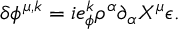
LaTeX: \delta \phi ^ { \mu , k } = i e _ { \phi } ^ { k } \rho ^ { \alpha } \partial _ { \alpha } X ^ { \mu } \epsilon .